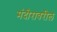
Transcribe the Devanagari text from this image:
मंदीरावरील